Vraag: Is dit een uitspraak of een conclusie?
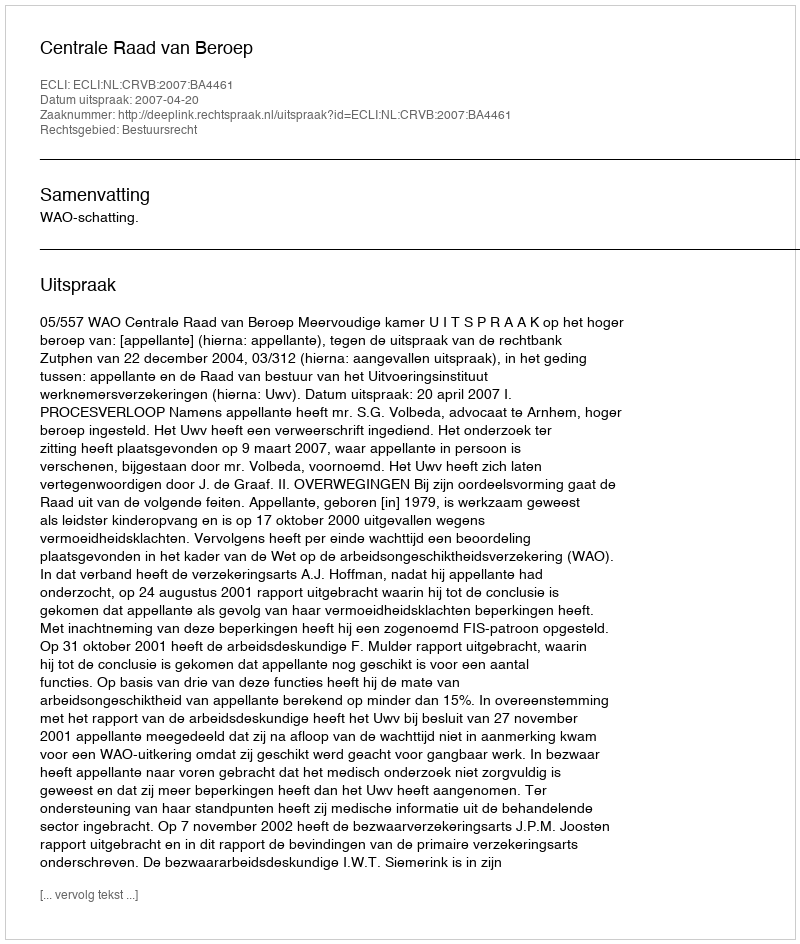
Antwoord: Uitspraak